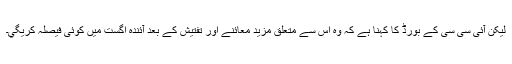
لیکن آئی سی سی کے بورڈ کا کہنا ہے کہ وہ اس سے متعلق مزید معائنے اور تفتیش کے بعد آئندہ اگست میں کوئی فیصلہ کریگي۔